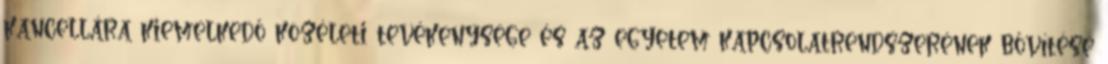
kancellára kiemelkedő közéleti tevékenysége és az egyetem kapcsolatrendszerének bővítése